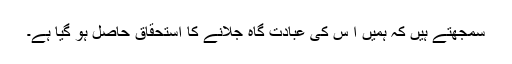
سمجھتے ہیں کہ ہمیں ا س کی عبادت گاہ جلانے کا استحقاق حاصل ہو گیا ہے۔